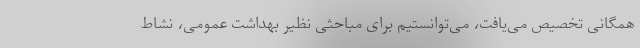
همگانی تخصیص می‌یافت، می‌توانستیم برای مباحثی نظیر بهداشت عمومی، نشاط